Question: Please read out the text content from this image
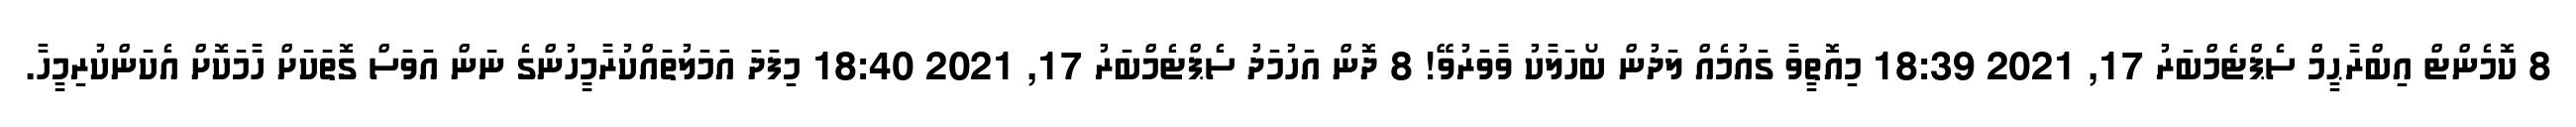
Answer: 8 ކޮމެންޓް އިބްރާޙީމް ސެޕްޓެމްބަރު 17, 2021 18:39 މިއޮތީވާ ގައުމެއް ލަދުން ބޯހަލާކު ވާވަރުވޭ! 8 ދޮން އަހުމަދު ސެޕްޓެމްބަރު 17, 2021 18:40 މިފަދަ އަމަލުތައްކުރާމީހުންގެ ނަން އަވަސް ގޮތަކަށް ހާމަކޮށް އެކަންކުރިމީހާ.